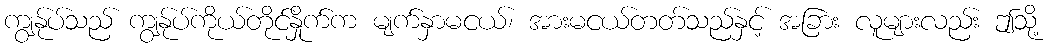
ကျွန်ုပ်သည် ကျွန်ုပ်ကိုယ်တိုင်နှိုက်က မျက်နှာမငယ်၊ အားမငယ်တတ်သည်နှင့် အခြား လူများလည်း ဤသို့